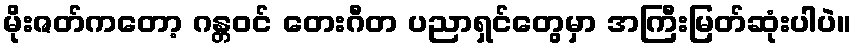
မိုးဇတ်ကတော့ ဂန္တဝင် တေးဂီတ ပညာရှင်တွေမှာ အကြီးမြတ်ဆုံးပါပဲ။